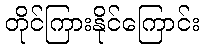
တိုင်ကြားနိုင်ကြောင်း